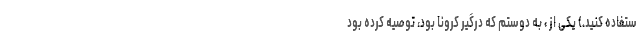
ستفاده کنید.) یکی از ، به دوستم که درگیر کرونا بود، توصیه کرده بود